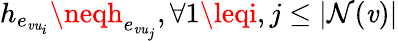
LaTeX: h_{e_{\mathit{v}\mathit{u}_{i}}}\neqh_{e_{\mathit{v}\mathit{u}_{j}}},\forall1\leqi,j\leq|\mathcal{{N}}(\mathit{v})|